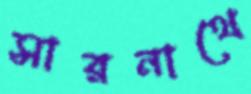
সারনাথে